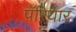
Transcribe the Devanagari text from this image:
पॅरियार